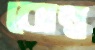
বোম্ব